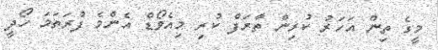
މީގެ ތިން އަހަރު ކުރިން ތާރަފް ކުރި މިއެވޯޑް އެންމެ ފުރަތަމަ ހޯދީ